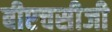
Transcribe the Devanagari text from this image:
बीएचसीजी